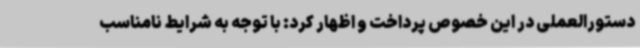
دستورالعملی در این خصوص پرداخت و اظهار کرد: با توجه به شرایط نامناسب